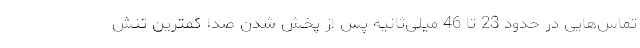
تماس‌هایی در حدود 23 تا 46 میلی‌ثانیه پس از پخش شدن صدا کمترین تنش